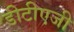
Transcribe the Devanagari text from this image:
डीटीएजी